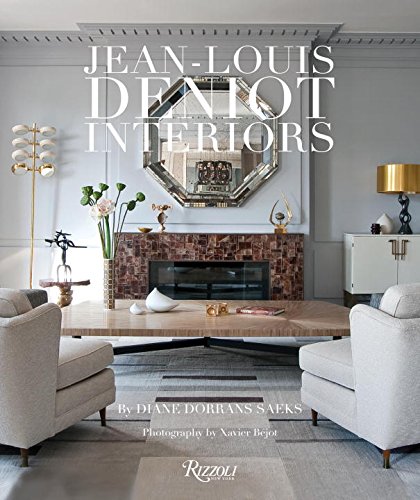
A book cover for Jean-Louis Deniot: Interiors; Diane Dorrans Saeks; Crafts, Hobbies & Home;